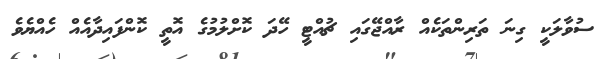
ސުވާލަކީ ގިނަ ތަރިންތަކެއް ރާއްޖޭގައި ޗުއްޓީ ހޭދަ ކޮށްލުމުގެ އޮތީ ކޮންފައިދާއެއް ހެއްޔެވެ